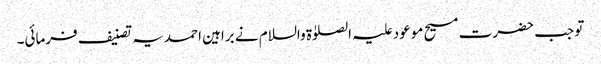
تو جب حضرت مسیح موعود علیہ الصلوٰۃ والسلام نے براہین احمدیہ تصنیف فرمائی۔